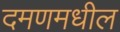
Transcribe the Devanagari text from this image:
दमणमधील